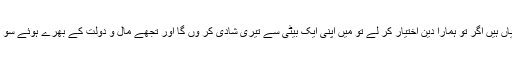
بادشاہ نے کہا میری کئی بیٹیاں ہیں اگر تو ہمارا دین اختیار کر لے تو میں اپنی ایک بیٹی سے تیری شادی کر وں گا اور تجھے مال و دولت کے بھرے ہوئے سو اونٹ اور سو باغات دوں گا ۔